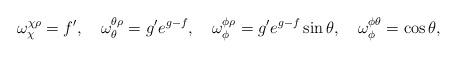
LaTeX: \begin{align*}\omega_{\chi}^{\chi\rho}= f', \quad \omega_{\theta}^{\theta\rho}=g'e^{g-f}, \quad \omega_{\phi}^{\phi\rho}=g'e^{g-f}\sin{\theta}, \quad \omega_{\phi}^{\phi\theta}=\cos{\theta},\end{align*}